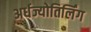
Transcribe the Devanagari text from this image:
अर्धज्योतिर्लिंग